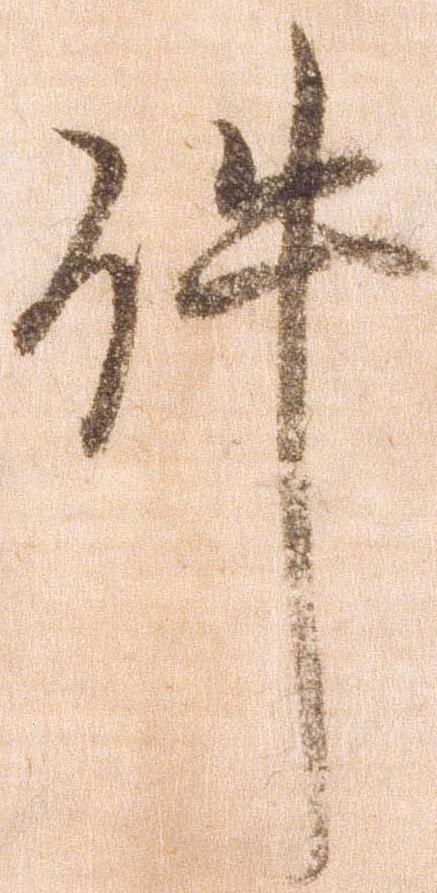
件